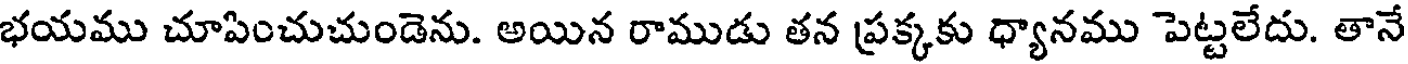
భయము చూపించుచుండెను. అయిన రాముడు తన ప్రక్కకు ధ్యానము పెట్టలేదు. తానే